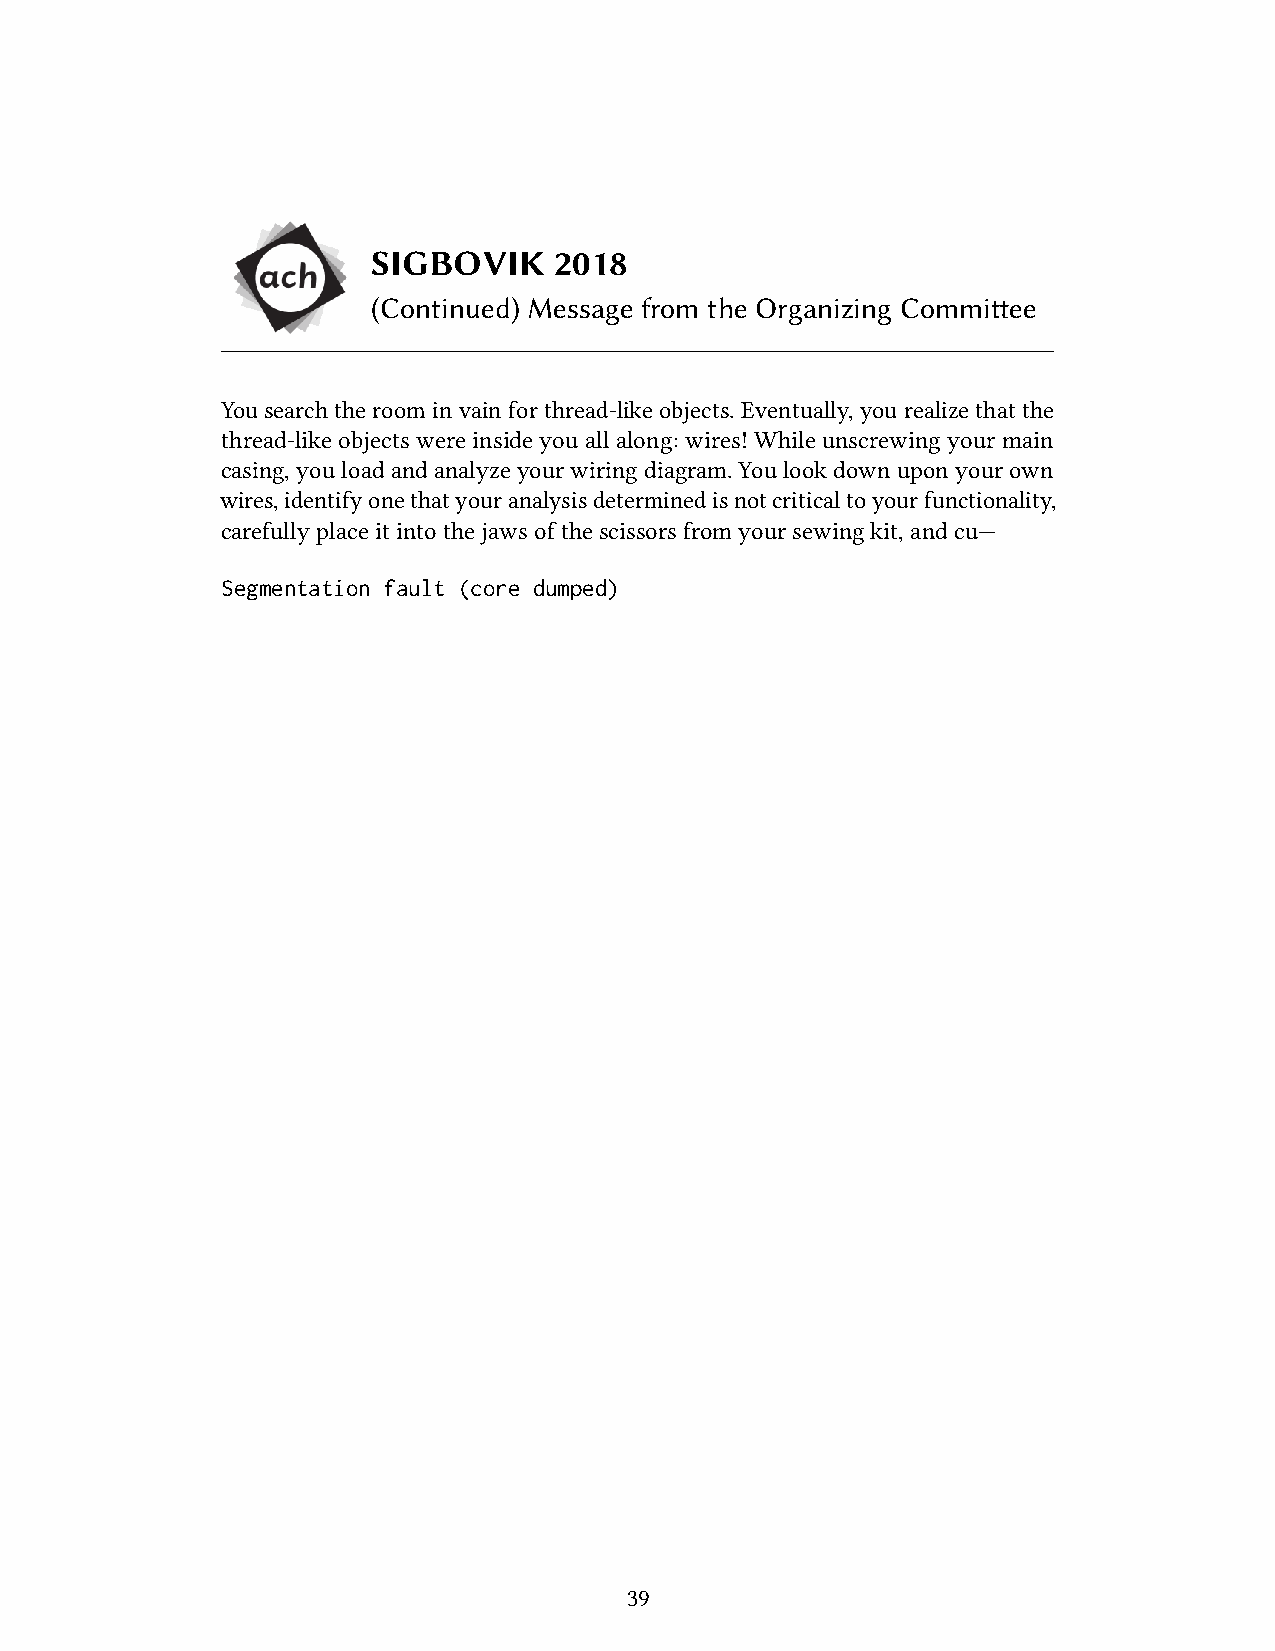
SIGBOVIK    2018
 (Continued) Message from the Organizing Committee
 Yousearch theroom invain forthread-likeobjects.Eventually, you realizethat the
 thread-like objectswereinside you all along:wires! While unscrewing yourmain
 casing,youloadandanalyzeyourwiringdiagram.Youlookdownuponyourown
 wires,identifyonethatyouranalysisdeterminedisnotcriticaltoyourfunctionality,
 carefullyplaceitintothejawsofthescissorsfromyoursewingkit,andcu—
 Segmentation fault (core dumped)
 39